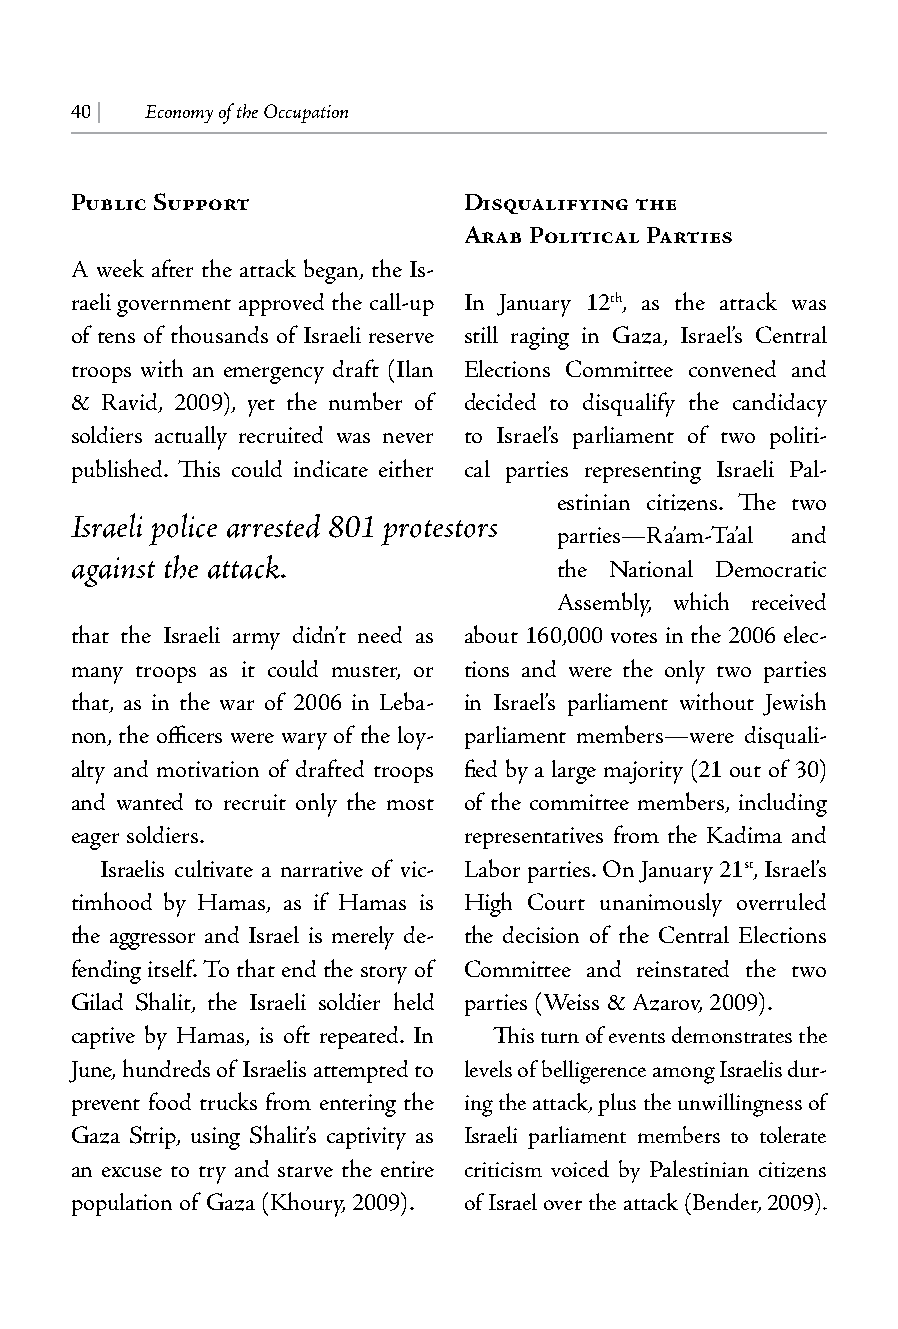
40 | Economy of the Occupation
 Public Support            Disqualifying the
 Arab Political Parties
 A week after the attack began, the Is-
 raeli government approved the call-up In January 12th, as the attack was
 of tens of thousands of Israeli reserve still raging in Gaza, Israel’s Central
 troops with an emergency draft (Ilan Elections Committee convened and
 & Ravid, 2009), yet the number of decided to disqualify the candidacy
 soldiers actually recruited was never to Israel’s parliament of two politi-
 published. This could indicate either cal parties representing Israeli Pal-
 estinian citizens. The two
 Israeli police arrested 801 protestors
 parties—Ra’am-Ta’al and
 against the attack.             the National Democratic
 Assembly, which received
 that the Israeli army didn’t need as about 160,000 votes in the 2006 elec-
 many troops as it could muster, or tions and were the only two parties
 that, as in the war of 2006 in Leba- in Israel’s parliament without Jewish
 non, the officers were wary of the loy- parliament members—were disquali-
 alty and motivation of drafted troops fied by a large majority (21 out of 30)
 and wanted to recruit only the most of the committee members, including
 eager soldiers.           representatives from the Kadima and
 Israelis cultivate a narrative of vic- Labor parties. On January 21st, Israel’s
 timhood by Hamas, as if Hamas is High Court unanimously overruled
 the aggressor and Israel is merely de- the decision of the Central Elections
 fending itself. To that end the story of Committee and reinstated the two
 Gilad Shalit, the Israeli soldier held parties (Weiss & Azarov, 2009).
 captive by Hamas, is oft repeated. In This turn of events demonstrates the
 June, hundreds of Israelis attempted to levels of belligerence among Israelis dur-
 prevent food trucks from entering the ing the attack, plus the unwillingness of
 Gaza Strip, using Shalit’s captivity as Israeli parliament members to tolerate
 an excuse to try and starve the entire criticism voiced by Palestinian citizens
 population of Gaza (Khoury, 2009). of Israel over the attack (Bender, 2009).